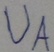
Text: UA